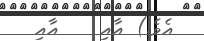
އެވެ.) އާއި    އާއި